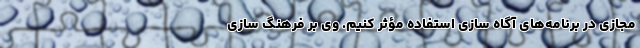
مجازی در برنامه‌های آگاه سازی استفاده مؤثر کنیم. وی بر فرهنگ سازی